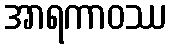
အာရကာဝဿ